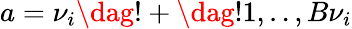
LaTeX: a=\nu_{i}\dag!+\dag!1,..,B\nu_{i}